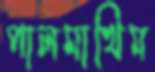
পালমাখিম